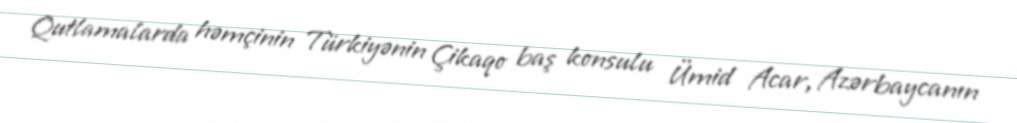
Qutlamalarda həmçinin Türkiyənin Çikaqo baş konsulu Ümid Acar, Azərbaycanın